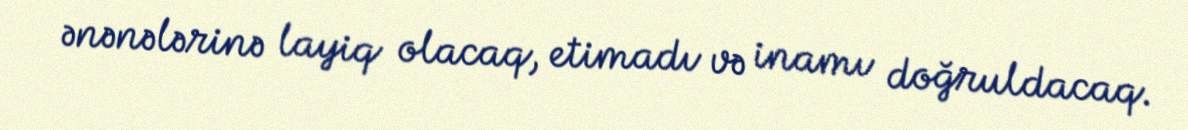
ənənələrinə layiq olacaq, etimadı və inamı doğruldacaq.